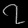
Digit: ၇